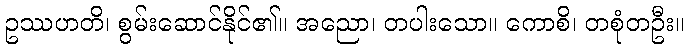
ဥဿဟတိ၊ စွမ်းဆောင်နိုင်၏။ အညော၊ တပါးသော။ ကောစိ၊ တစုံတဦး။